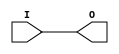
module SYN_OBUF(
    input I,
    (* iopad_external_pin *)
    output O);
  assign O = I;
endmodule